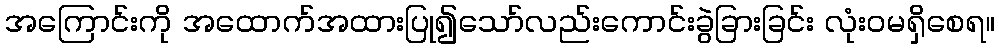
အကြောင်းကို အထောက်အထားပြု၍သော်လည်းကောင်းခွဲခြားခြင်း လုံးဝမရှိစေရ။